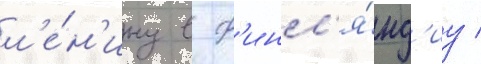
л'е́н'ину в ф'инл'я́нд'иу /